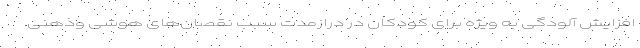
افزایش آلودگی به ویژه برای کودکان در درازمدت سبب نقصان‌های هوشی وذهنی